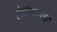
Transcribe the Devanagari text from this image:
लोधीराजपुत